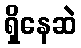
ရှိနေဆဲ